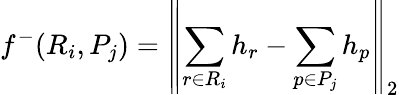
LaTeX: f^{-}(R_{i},P_{j})=\left\| \sum_{r\in R_{i}}h_{r}-\sum_{p\in P_{j}}h_{p}\right\| _{2}